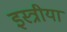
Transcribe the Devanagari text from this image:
इस्त्रीया